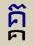
គ្គ